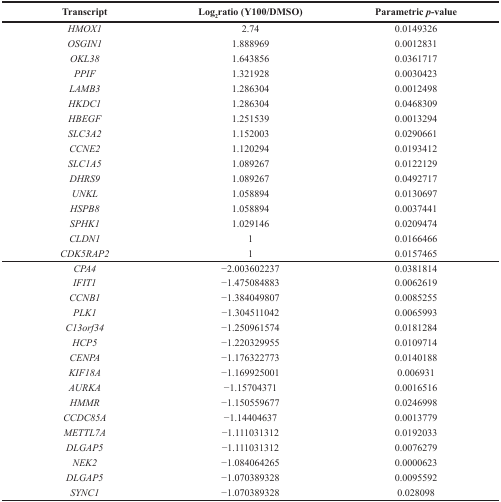
<table><thead><tr><td><b>Transcript</b></td><td><b>Log<sub>2</sub>ratio (Y100/DMSO)</b></td><td><b>Parametric <i>p</i>-value</b></td></tr></thead><tbody><tr><td><i>HMOX1</i></td><td>2.74</td><td>0.0149326</td></tr><tr><td><i>OSGIN1</i></td><td>1.888969</td><td>0.0012831</td></tr><tr><td><i>OKL38</i></td><td>1.643856</td><td>0.0361717</td></tr><tr><td><i>PPIF</i></td><td>1.321928</td><td>0.0030423</td></tr><tr><td><i>LAMB3</i></td><td>1.286304</td><td>0.0012498</td></tr><tr><td><i>HKDC1</i></td><td>1.286304</td><td>0.0468309</td></tr><tr><td><i>HBEGF</i></td><td>1.251539</td><td>0.0013294</td></tr><tr><td><i>SLC3A2</i></td><td>1.152003</td><td>0.0290661</td></tr><tr><td><i>CCNE2</i></td><td>1.120294</td><td>0.0193412</td></tr><tr><td><i>SLC1A5</i></td><td>1.089267</td><td>0.0122129</td></tr><tr><td><i>DHRS9</i></td><td>1.089267</td><td>0.0492717</td></tr><tr><td><i>UNKL</i></td><td>1.058894</td><td>0.0130697</td></tr><tr><td><i>HSPB8</i></td><td>1.058894</td><td>0.0037441</td></tr><tr><td><i>SPHK1</i></td><td>1.029146</td><td>0.0209474</td></tr><tr><td><i>CLDN1</i></td><td>1</td><td>0.0166466</td></tr><tr><td><i>CDK5RAP2</i></td><td>1</td><td>0.0157465</td></tr><tr><td><i>CPA4</i></td><td>−2.003602237</td><td>0.0381814</td></tr><tr><td><i>IFIT1</i></td><td>−1.475084883</td><td>0.0062619</td></tr><tr><td><i>CCNB1</i></td><td>−1.384049807</td><td>0.0085255</td></tr><tr><td><i>PLK1</i></td><td>−1.304511042</td><td>0.0065993</td></tr><tr><td><i>C13orf34</i></td><td>−1.250961574</td><td>0.0181284</td></tr><tr><td><i>HCP5</i></td><td>−1.220329955</td><td>0.0109714</td></tr><tr><td><i>CENPA</i></td><td>−1.176322773</td><td>0.0140188</td></tr><tr><td><i>KIF18A</i></td><td>−1.169925001</td><td>0.006931</td></tr><tr><td><i>AURKA</i></td><td>−1.15704371</td><td>0.0016516</td></tr><tr><td><i>HMMR</i></td><td>−1.150559677</td><td>0.0246998</td></tr><tr><td><i>CCDC85A</i></td><td>−1.14404637</td><td>0.0013779</td></tr><tr><td><i>METTL7A</i></td><td>−1.111031312</td><td>0.0192033</td></tr><tr><td><i>DLGAP5</i></td><td>−1.111031312</td><td>0.0076279</td></tr><tr><td><i>NEK2</i></td><td>−1.084064265</td><td>0.0000623</td></tr><tr><td><i>DLGAP5</i></td><td>−1.070389328</td><td>0.0095592</td></tr><tr><td><i>SYNC1</i></td><td>−1.070389328</td><td>0.028098</td></tr></tbody></table>